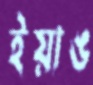
ইয়াঙ